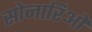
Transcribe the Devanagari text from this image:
सोनारिओ